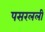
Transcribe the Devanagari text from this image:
पसरलली